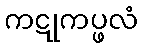
ကဋုကပ္ဖလံ